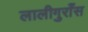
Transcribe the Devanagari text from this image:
लालीगुराँस